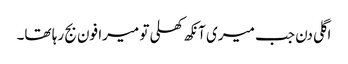
اگلی دن جب میری آنکھ کھلی تو میرا فون بج رہا تھا۔